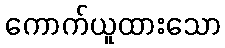
ကောက်ယူထားသော